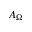
A _ { \Omega }